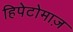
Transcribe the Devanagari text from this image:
हिपेटोमाज़